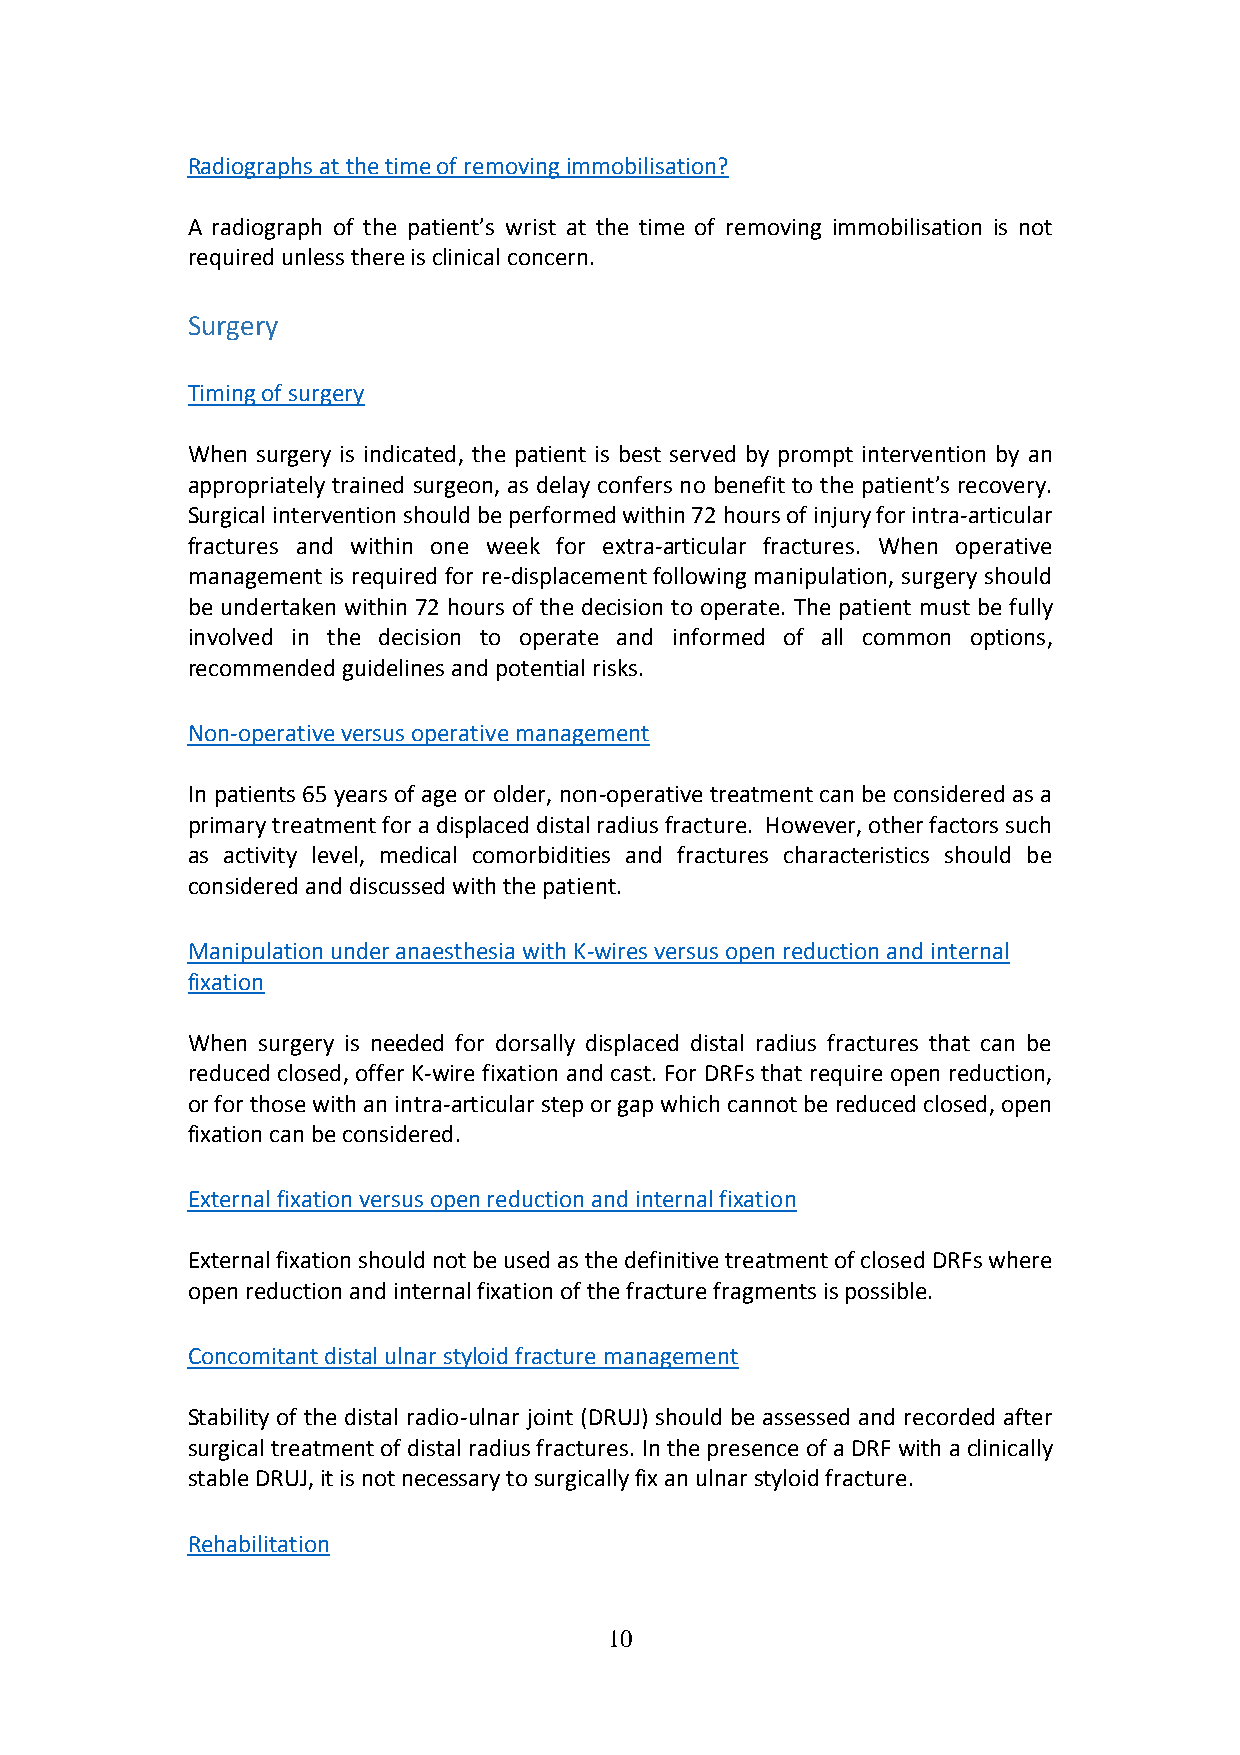
Radiographs at the time of removing immobilisation?
 A radiograph of the patient’s wrist at the time of removing immobilisation is not
 required unless there is clinical concern.
 Surgery
 Timing of surgery
 When surgery is indicated, the patient is best served by prompt intervention by an
 appropriately trained surgeon, as delay confers no benefit to the patient’s recovery.
 Surgical intervention should be performed within 72 hours of injury for intra-articular
 fractures and within one week for extra-articular fractures. When operative
 management is required for re-displacement following manipulation, surgery should
 be undertaken within 72 hours of the decision to operate. The patient must be fully
 involved in the decision to operate and informed of all common options,
 recommended guidelines and potential risks.
 Non-operative versus operative management
 In patients 65 years of age or older, non-operative treatment can be considered as a
 primary treatment for a displaced distal radius fracture. However, other factors such
 as activity level, medical comorbidities and fractures characteristics should be
 considered and discussed with the patient.
 Manipulation under anaesthesia with K-wires versus open reduction and internal
 fixation
 When surgery is needed for dorsally displaced distal radius fractures that can be
 reduced closed, offer K-wire fixation and cast. For DRFs that require open reduction,
 or for those with an intra-articular step or gap which cannot be reduced closed, open
 fixation can be considered.
 External fixation versus open reduction and internal fixation
 External fixation should not be used as the definitive treatment of closed DRFs where
 open reduction and internal fixation of the fracture fragments is possible.
 Concomitant distal ulnar styloid fracture management
 Stability of the distal radio-ulnar joint (DRUJ) should be assessed and recorded after
 surgical treatment of distal radius fractures. In the presence of a DRF with a clinically
 stable DRUJ, it is not necessary to surgically fix an ulnar styloid fracture.
 Rehabilitation
 10